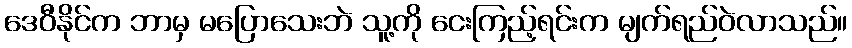
ဒေဝီနိုင်က ဘာမှ မပြောသေးဘဲ သူ့ကို ငေးကြည့်ရင်းက မျက်ရည်ဝဲလာသည်။